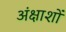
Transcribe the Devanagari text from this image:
अंक्षाशों